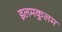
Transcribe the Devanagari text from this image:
इलमकुलम